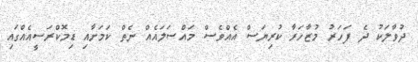
ދުވާލަކު ދެ ފަހަރު މުޒާހަރާ ކުރިޔަސް އެއްވެސް މައްސަލައެއް ނެތް ކަމަށާއި ޑިމޮކްރަސީއެއްގައި